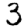
Digit: 3